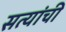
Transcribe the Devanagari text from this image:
सत्यांची